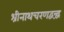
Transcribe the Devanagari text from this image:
श्रीनाथचरणद्वन्द्वं